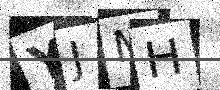
Text: YJMH